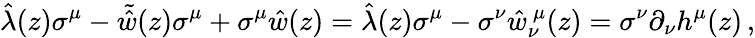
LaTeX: \hat{\lambda}(z)\sigma^{\mu}-\tilde{\hat{w}}(z)\sigma^{\mu}+\sigma^{\mu}\hat{w}(z)=\hat{\lambda}(z)\sigma^{\mu}-\sigma^{\nu}\hat{w}_{\nu}^{~\mu}(z)=\sigma^{\nu}\partial_{\nu}h^{\mu}(z)\, ,